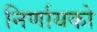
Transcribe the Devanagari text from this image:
निर्णायको